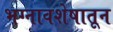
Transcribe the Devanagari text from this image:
भग्नावशेषातून